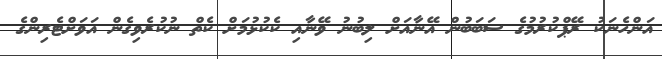
އަންހެނަކު ރޭޕްކުރުމުގެ ސަބަބުން އޭނާއަށް ލިބުނު ވޭނާއި ކެކުޅުމަށް ކެތް ނުކުރެވިގެން އަވަށްޓެރިންގެ